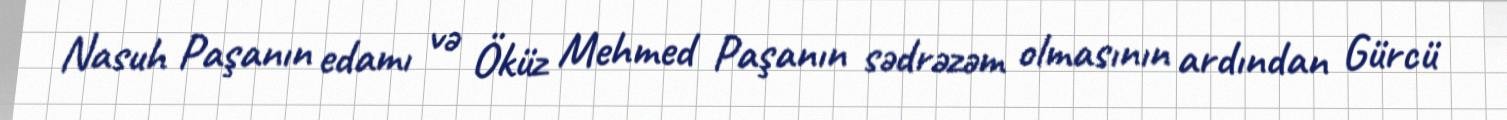
Nasuh Paşanın edamı və Öküz Mehmed Paşanın sədrəzəm olmasının ardından Gürcü